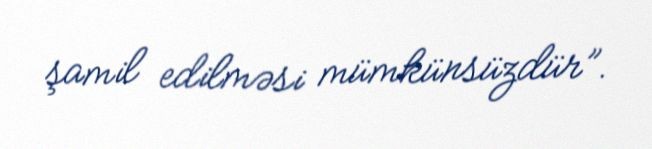
şamil edilməsi mümkünsüzdür”.